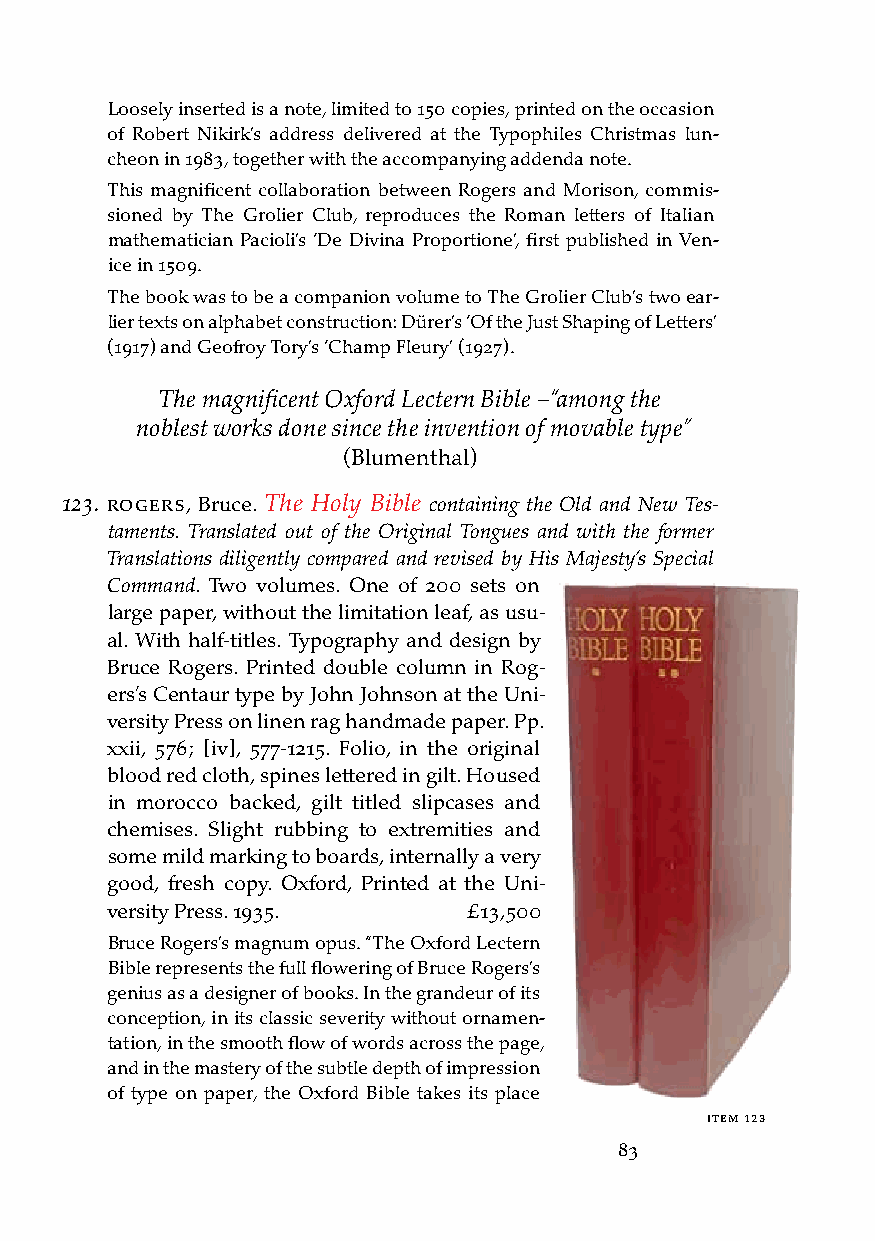
Loosely inserted is a note, limited to 150 copies, printed on the occasion
 of Robert Nikirk’s address delivered at the Typophiles Christmas lun-
 cheon in 1983, together with the accompanying addenda note.
 This magnificent collaboration between Rogers and Morison, commis-
 sioned by The Grolier Club, reproduces the Roman letters of Italian
 mathematician Pacioli’s ‘De Divina Proportione’, first published in Ven-
 ice in 1509.
 The book was to be a companion volume to The Grolier Club’s two ear-
 lier texts on alphabet construction: Dürer’s ‘Of the Just Shaping of Letters’
 (1917) and Geofroy Tory’s ‘Champ Fleury’ (1927).
 The magnificent Oxford Lectern Bible –“among the
 noblest works done since the invention of movable type”
 (Blumenthal)
 123. rogers, Bruce. The Holy Bible containing the Old and New Tes-
 taments. Translated out of the Original Tongues and with the former
 Translations diligently compared and revised by His Majesty’s Special
 Command. Two volumes. One of 200 sets on
 large paper, without the limitation leaf, as usu-
 al. With half-titles. Typography and design by
 Bruce Rogers. Printed double column in Rog-
 ers’s Centaur type by John Johnson at the Uni-
 versity Press on linen rag handmade paper. Pp.
 xxii, 576; [iv], 577-1215. Folio, in the original
 blood red cloth, spines lettered in gilt. Housed
 in morocco backed, gilt titled slipcases and
 chemises. Slight rubbing to extremities and
 some mild marking to boards, internally a very
 good, fresh copy. Oxford, Printed at the Uni-
 versity Press. 1935.    £13,500
 Bruce Rogers’s magnum opus. “The Oxford Lectern
 Bible represents the full flowering of Bruce Rogers’s
 genius as a designer of books. In the grandeur of its
 conception, in its classic severity without ornamen-
 tation, in the smooth flow of words across the page,
 and in the mastery of the subtle depth of impression
 of type on paper, the Oxford Bible takes its place
 iteM 123
 83